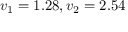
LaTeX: v _ { 1 } = 1 . 2 8 , v _ { 2 } = 2 . 5 4